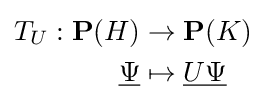
{\begin{aligned}T_{U}:\mathbf {P} (H)&\to \mathbf {P} (K)\\{\underline {\Psi }}&\mapsto {\underline {U\Psi }}\\\end{aligned}}